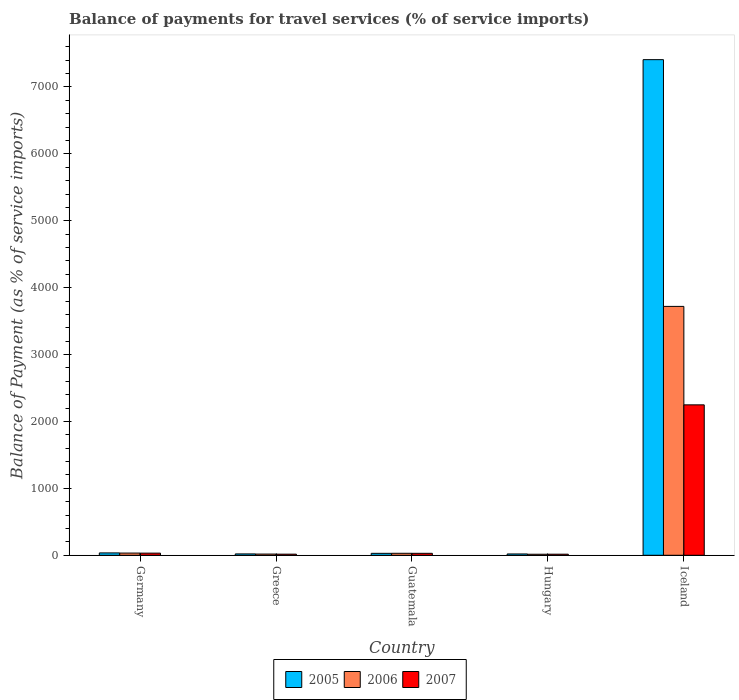
| Country | 2005 | 2006 | 2007 |
 | --- | --- | --- | --- |
 | Germany | 35.4 | 32.9 | 32.1 |
 | Greece | 20.4 | 17.9 | 16.6 |
 | Guatemala | 29 | 29.7 | 29.3 |
 | Hungary | 19.7 | 15.5 | 16.1 |
 | Iceland | 7.41e+03 | 3.72e+03 | 2.25e+03 |